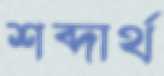
শব্দার্থ